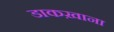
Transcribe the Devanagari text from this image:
डाकख़ाना